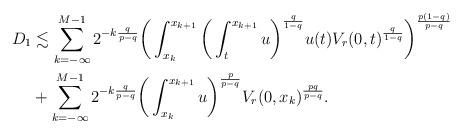
LaTeX: \begin{align*}D_1 & \lesssim \sum_{k=-\infty}^{M-1} 2^{-k\frac{q}{p-q}} \bigg( \int_{x_k}^{{x_{k+1}}} \bigg( \int_t^{{x_{k+1}}} u \bigg)^{\frac{q}{1-q}} u(t) V_r(0,t)^{\frac{q}{1-q}} \bigg)^{\frac{p(1-q)}{p-q}} \\ & + \sum_{k=-\infty}^{M-1} 2^{-k\frac{q}{p-q}} \bigg( \int_{x_{k}}^{{x_{k+1}}} u \bigg)^{\frac{p}{p-q}} V_r(0,x_k)^{\frac{pq}{p-q}}.\end{align*}